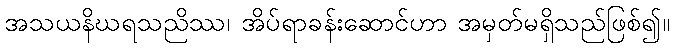
အသယနိဃရသညိဿ၊ အိပ်ရာခန်းဆောင်ဟာ အမှတ်မရှိသည်ဖြစ်၍။